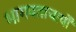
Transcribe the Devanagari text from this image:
भागवताचार्यों